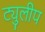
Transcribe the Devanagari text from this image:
ट्युलीप